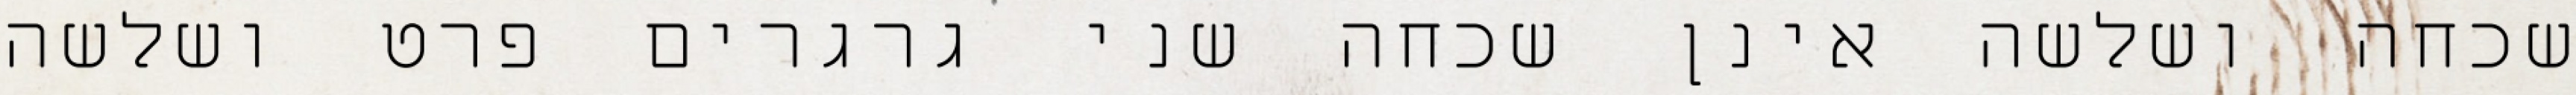
שכחה ושלשה אינן שכחה שני גרגרים פרט ושלשה